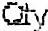
QTY